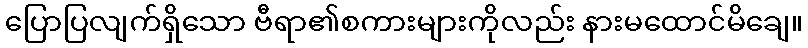
ပြောပြလျက်ရှိသော ဗီရာ၏စကားများကိုလည်း နားမထောင်မိချေ။